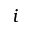
i